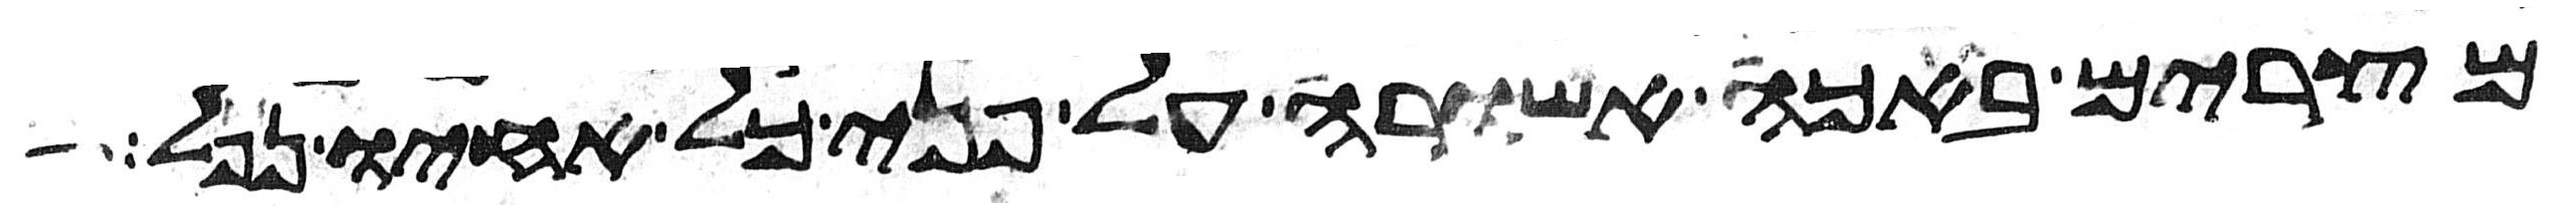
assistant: מצרים באכה אשורה על פני כל אחיו נפל